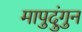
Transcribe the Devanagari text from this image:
मापुदुंगुन